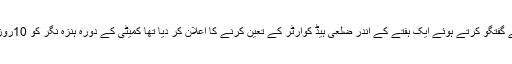
بعدازاں کمیٹی کے چیئرمین ڈاکٹر علی مدد شیر نے میڈیا سے گفتگو کرتے ہوئے ایک ہفتے کے اندر ضلعی ہیڈ کوارٹر کے تعین کرنے کا اعلان کر دیا تھا کمیٹی کے دورہ ہنزہ نگر کو 10روز گزرگئے لیکن ضلعی ہیڈ کوارٹر کا فیصلہ نہیں ہو سکا ہے۔